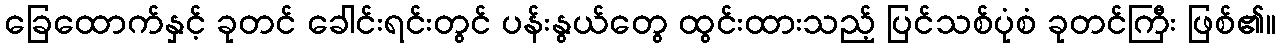
ခြေထောက်နှင့် ခုတင် ခေါင်းရင်းတွင် ပန်းနွယ်တွေ ထွင်းထားသည့် ပြင်သစ်ပုံစံ ခုတင်ကြီး ဖြစ်၏။